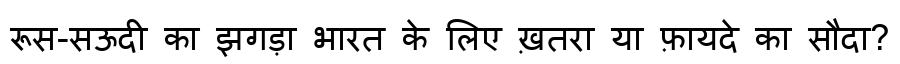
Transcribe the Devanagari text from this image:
रूस-सऊदी का झगड़ा भारत के लिए ख़तरा या फ़ायदे का सौदा?